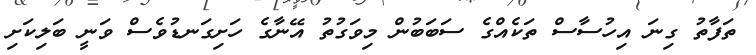
ތަފާތު ގިނަ އިހުސާސް ތަކެއްގެ ސަބަބުން މިވަގުތު އޭނާގެ ހަށިގަނޑުވެސް ވަނީ ބަލިކަށި